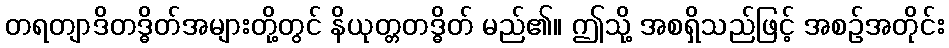
တရတျာဒိတဒ္ဓိတ်အများတို့တွင် နိယုတ္တတဒ္ဓိတ် မည်၏။ ဤသို့ အစရှိသည်ဖြင့် အစဉ်အတိုင်း